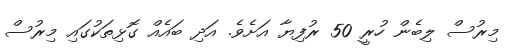
މިރުސް ލިބެން ހުރީ 50 ރުފިޔާ އަށެވެ. އަދި ބައެއް ގޮޅިތަކުގައި މިރުސް